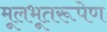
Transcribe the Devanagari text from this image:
मूलभूतरूपेण